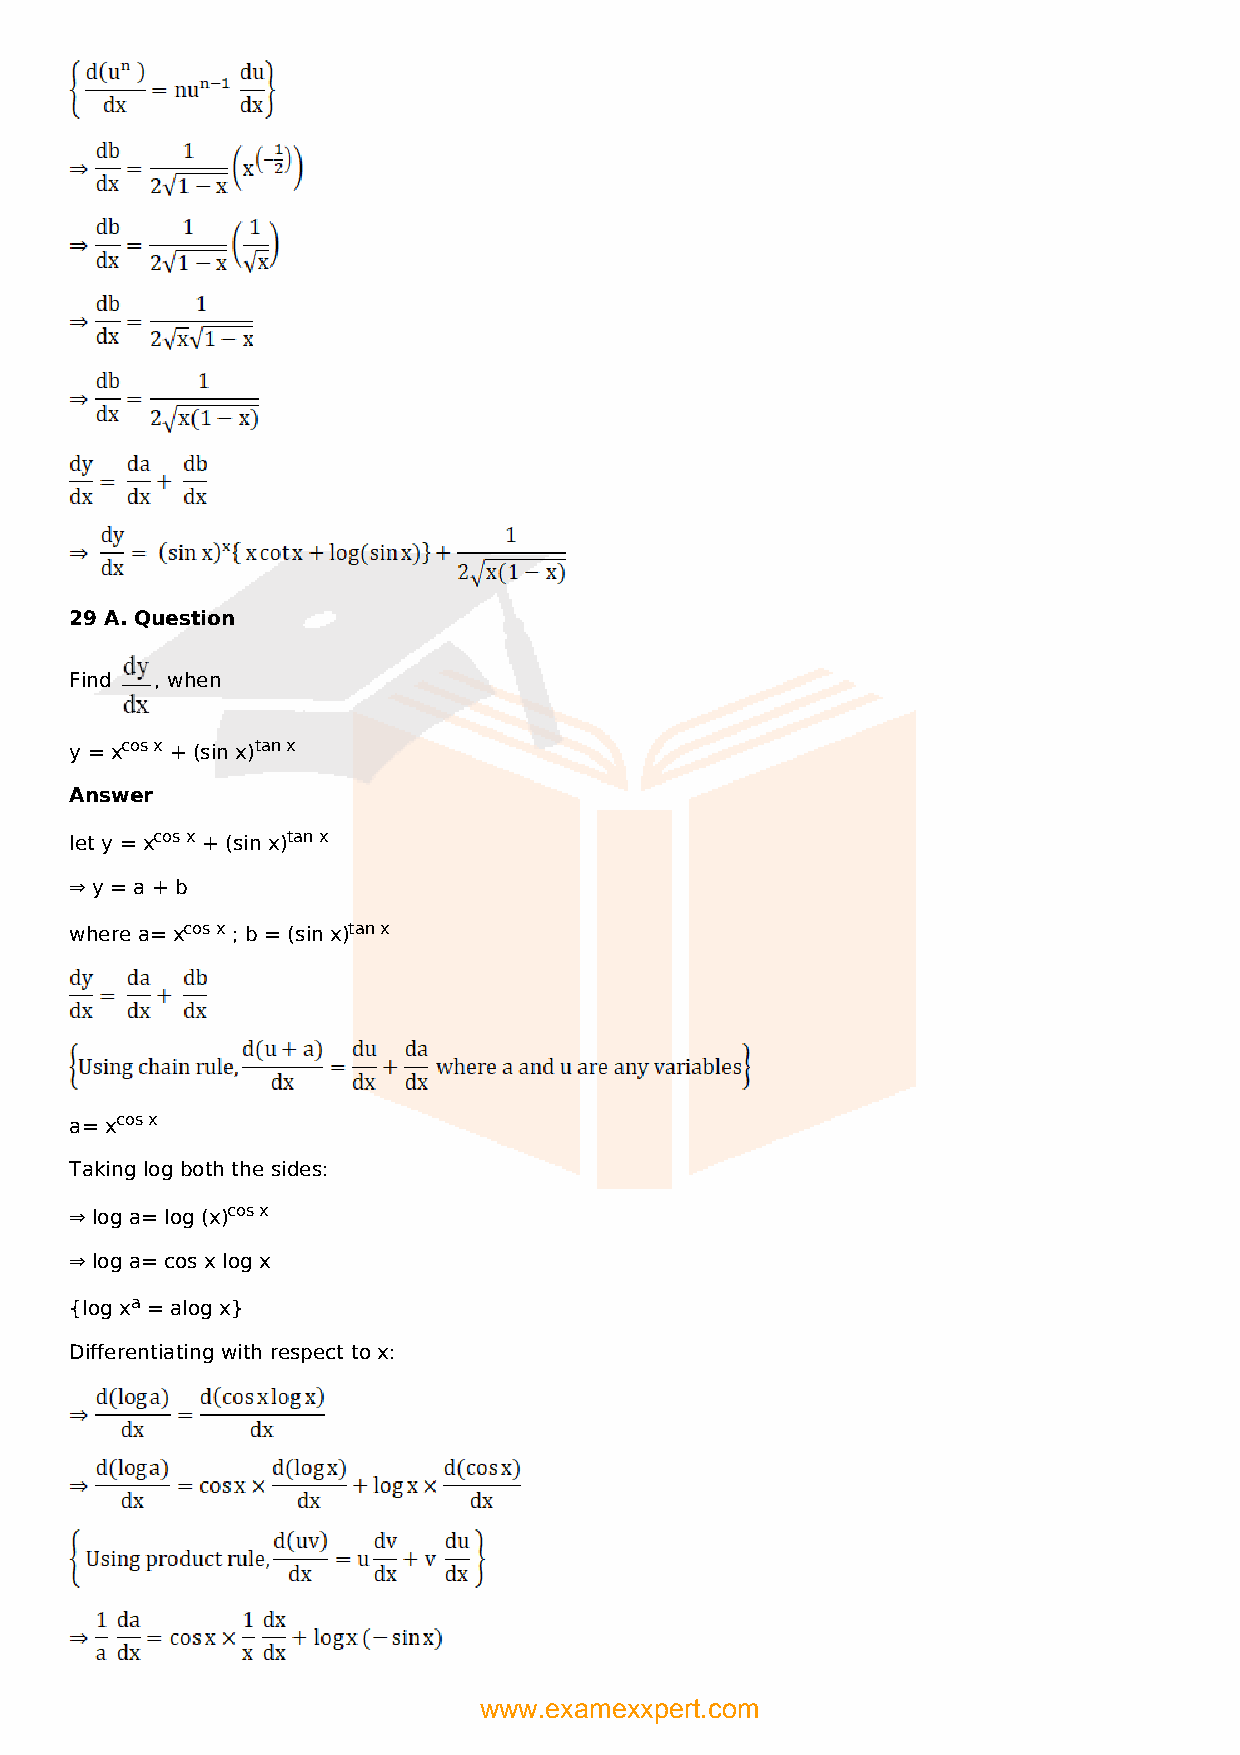
29 A. Question
 Find , when
 y = xcos x + (sin x)tan x
 Answer
 let y = xcos x + (sin x)tan x
 ⇒ y = a + b
 where a= xcos x ; b = (sin x)tan x
 a= xcos x
 Taking log both the sides:
 ⇒ log a= log (x)cos x
 ⇒ log a= cos x log x
 {log xa = alog x}
 Differentiating with respect to x:
 www.examexxpert.com